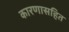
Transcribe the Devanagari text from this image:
कारणासहित